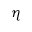
\eta